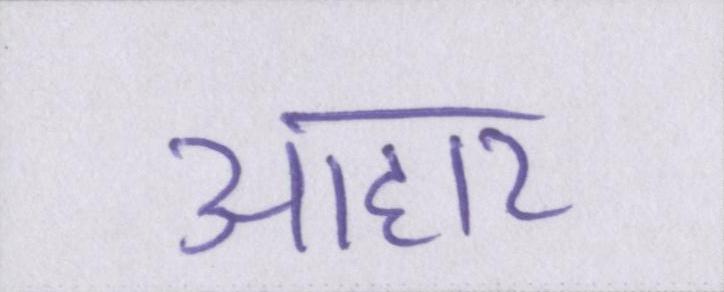
आहार